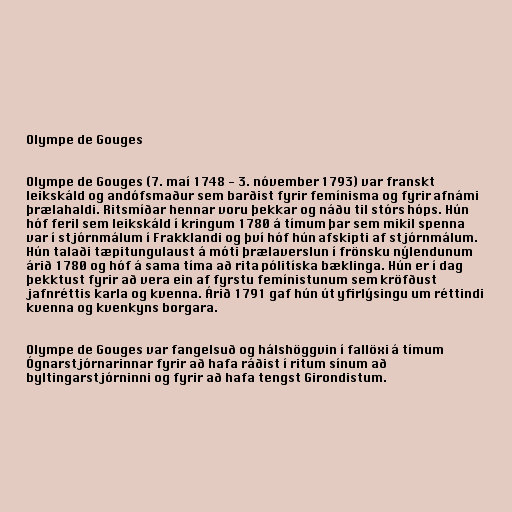
Olympe de Gouges

Olympe de Gouges (7. maí 1748 - 3. nóvember 1793) var franskt
leikskáld og andófsmaður sem barðist fyrir femínisma og fyrir afnámi
þrælahaldi. Ritsmíðar hennar voru þekkar og náðu til stórs hóps. Hún
hóf feril sem leikskáld í kringum 1780 á tímum þar sem mikil spenna
var í stjórnmálum í Frakklandi og því hóf hún afskipti af stjórnmálum.
Hún talaði tæpitungulaust á móti þrælaverslun í frönsku nýlendunum
árið 1780 og hóf á sama tíma að rita pólitíska bæklinga. Hún er í dag
þekktust fyrir að vera ein af fyrstu femínistunum sem kröfðust
jafnréttis karla og kvenna. Árið 1791 gaf hún út yfirlýsingu um réttindi
kvenna og kvenkyns borgara.

Olympe de Gouges var fangelsuð og hálshöggvin í fallöxi á tímum
Ógnarstjórnarinnar fyrir að hafa ráðist í ritum sínum að
byltingarstjórninni og fyrir að hafa tengst Girondistum.